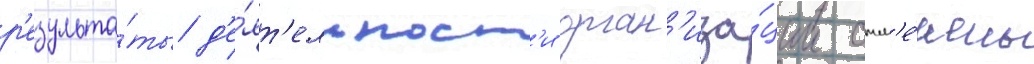
р'езульта́ты д'е́ят'ельност'и орган'иза́ции отм'е́чены